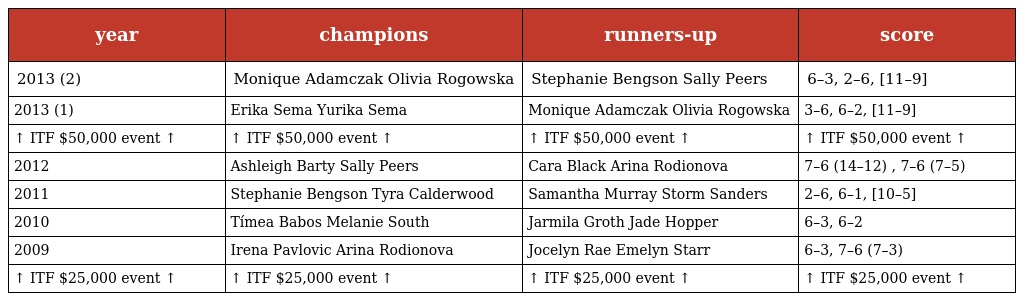
| year | champions | runners-up | score |
 | --- | --- | --- | --- |
 | 2013 (2) | Monique Adamczak Olivia Rogowska | Stephanie Bengson Sally Peers | 6–3, 2–6, [11–9] |
 | 2013 (1) | Erika Sema Yurika Sema | Monique Adamczak Olivia Rogowska | 3–6, 6–2, [11–9] |
 | ↑ ITF $50,000 event ↑ | ↑ ITF $50,000 event ↑ | ↑ ITF $50,000 event ↑ | ↑ ITF $50,000 event ↑ |
 | 2012 | Ashleigh Barty Sally Peers | Cara Black Arina Rodionova | 7–6 (14–12) , 7–6 (7–5) |
 | 2011 | Stephanie Bengson Tyra Calderwood | Samantha Murray Storm Sanders | 2–6, 6–1, [10–5] |
 | 2010 | Tímea Babos Melanie South | Jarmila Groth Jade Hopper | 6–3, 6–2 |
 | 2009 | Irena Pavlovic Arina Rodionova | Jocelyn Rae Emelyn Starr | 6–3, 7–6 (7–3) |
 | ↑ ITF $25,000 event ↑ | ↑ ITF $25,000 event ↑ | ↑ ITF $25,000 event ↑ | ↑ ITF $25,000 event ↑ |